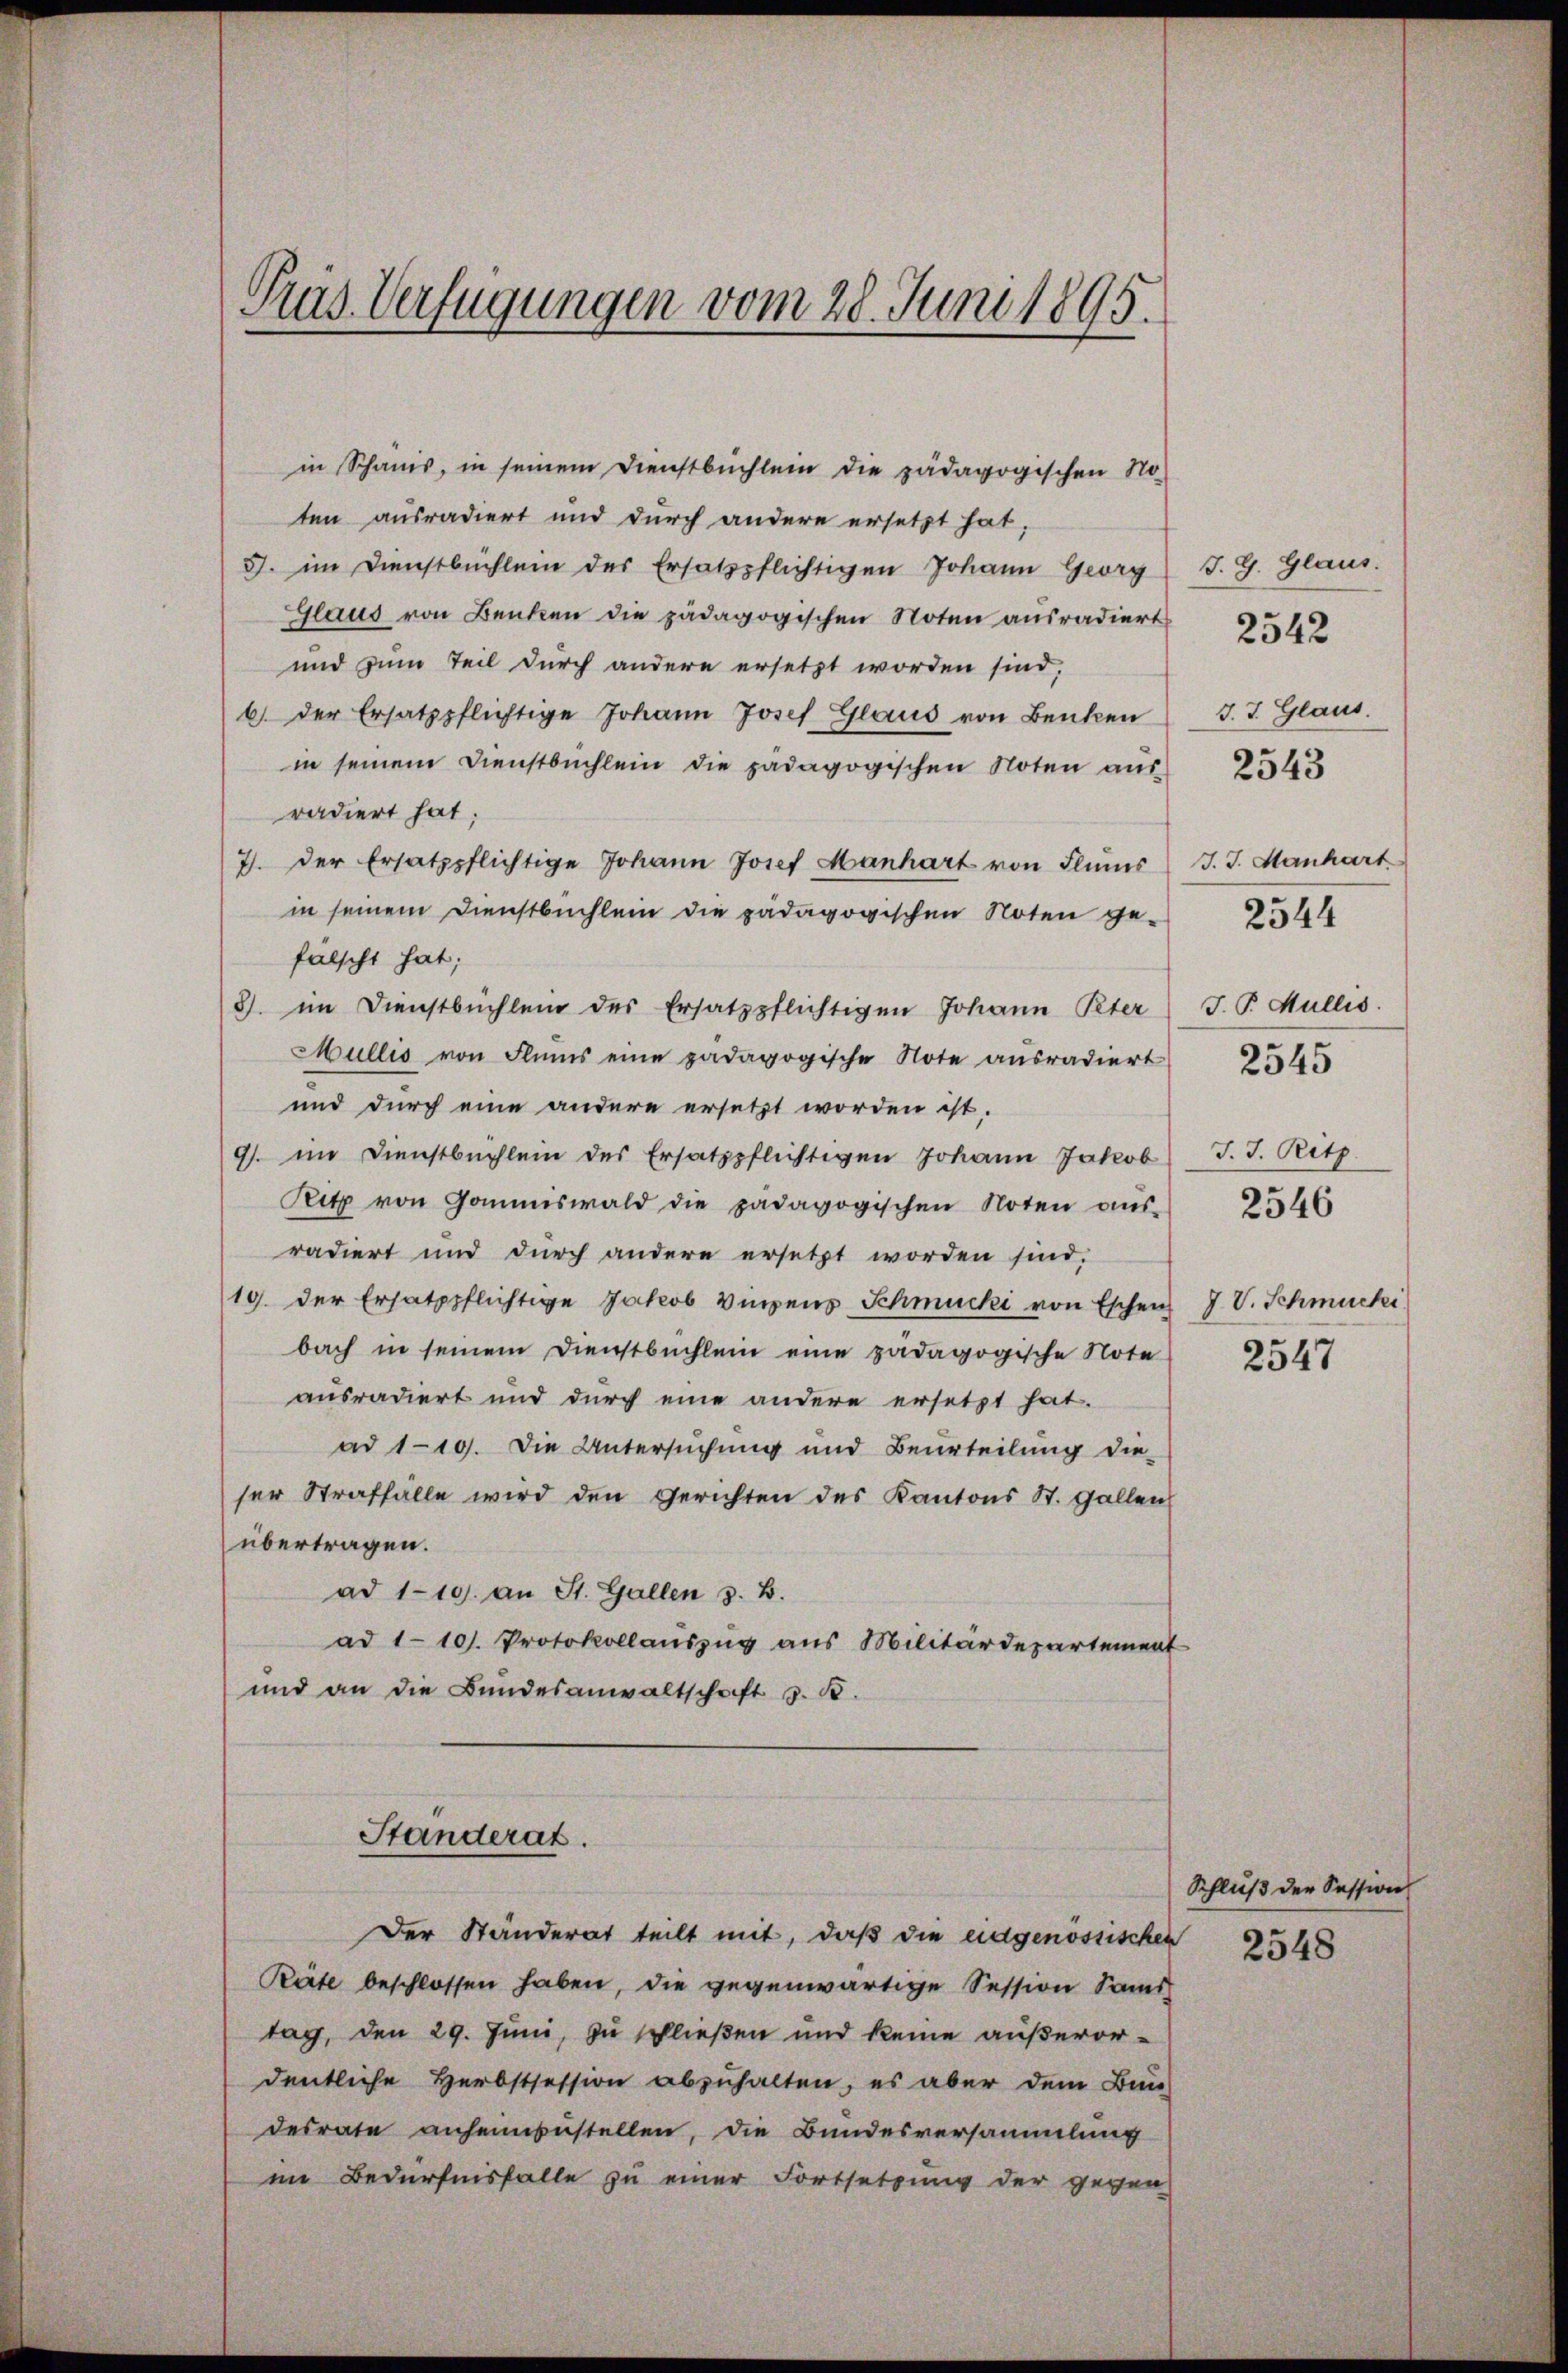
Prus Verfügungen vom 28. Juni 1895.

in Schanis, in seinem Dienstbuchlein die pädagogischen No-
ten ausradiert und durch andere ersetzt hat,
G. im Dienstbüchlein des Ersatzpflichtigen Johann Georg
Glaus von Benken die pädagogischen Noten ausradiert
und zum Teil durch andere ersetzt worden sind,
6 der Ersatzpflichtige Johann Josef Glarus von Benken
in seinem Dienstbüchlein die pädagogischen Noten aŭs
radiert hat;
7. Der Ersatzpflichtige Johann Josef Manhart von Flŭms J. J. Manhart
in seinem Dienstbuchlein die pädagogischen Noten ge-
fälscht hat;
8) im Dienstbüchlein des Ersatzpflichtigen Johann Peter
Mullis von Flums eine pädagogische Note ausradiert
und durch eine andere ersetzt worden ist.
9). im Dienstbuchlein des Ersatzpflichtigen Johann Jakob
Ritz von Gommiswald die pädagogischen Noten aŭs-
radiert und durch andere ersetzt worden sind,
19. der Ersatzpflichtige Jakob Vinzens Schmucki von Eschen J. V. Schmucki
bach in seinem Dienstbüchlein eine pädagogische Note
ausradiert und durch eine andere ersetzt hat.
ad 119. Die Untersuchung und Beurteilŭng die-
ser Straffalle wird den Gerichten des Kantons St. Gallen
übertragen.
ad 110. an St. Gallen 3. B.
ad 1101. Protokollauszug aus Militärdepartement
und an die Bundesanwaltschaft z. B.
Standerat.
Der Ständerat teilt mit, daß die eidgenössischen
Räte beschlossen haben, die gegenwärtige Session Sams
tag, den 29. Juni, zu schließen und keine außerordentliche Herbstsession abzŭhalten, es aber dem Bun-
desrate anheimzustellen, die Bundesversammlung
im Bedürfnisfalle zu einer Fortsetzung der gegen

J. G. Glaus.
J. J. Glaus.
J. P. Mullis.
2545
J. J. Ritz.
2546
2547

2542

2543

2544

Schluß der Session

2548